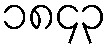
၁၈၄၃